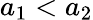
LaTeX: a_{1}<a_{2}